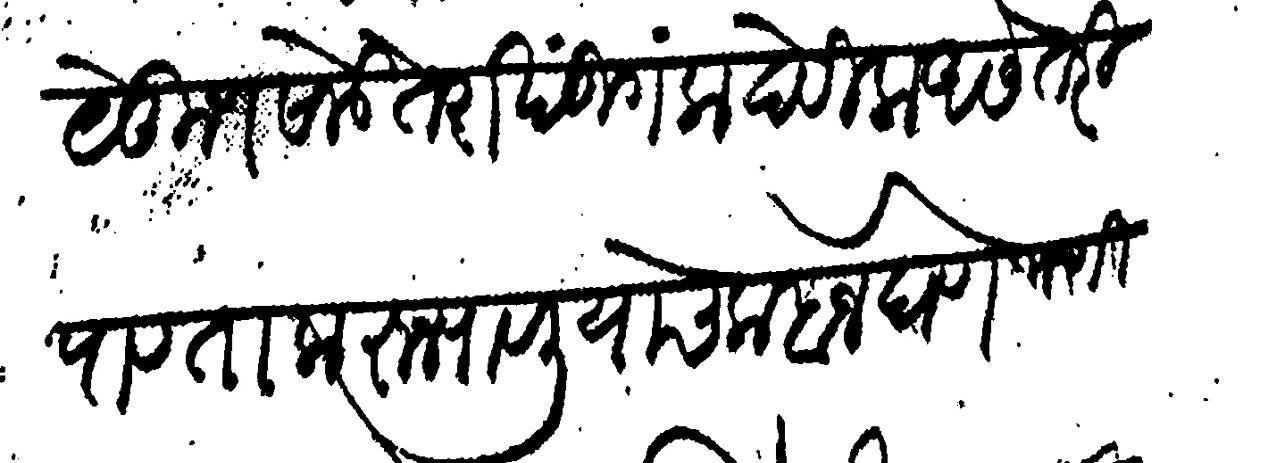
Transliteration (Devanagari): येकुण साडे तेरा खंडी गला देविला असे तरी पावता करून पावलियाचे कबज घेणे जाणिजे